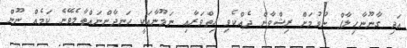
އަދި ގާނޫނާހިލާފް ނުވުމަށް ރިޝްވާން ދެއްކެވި ހިތްވަރާއި ނަމޫނާއަކީ ހަނދާންނައްތާލެވޭނެ ކަމެއް ނޫން